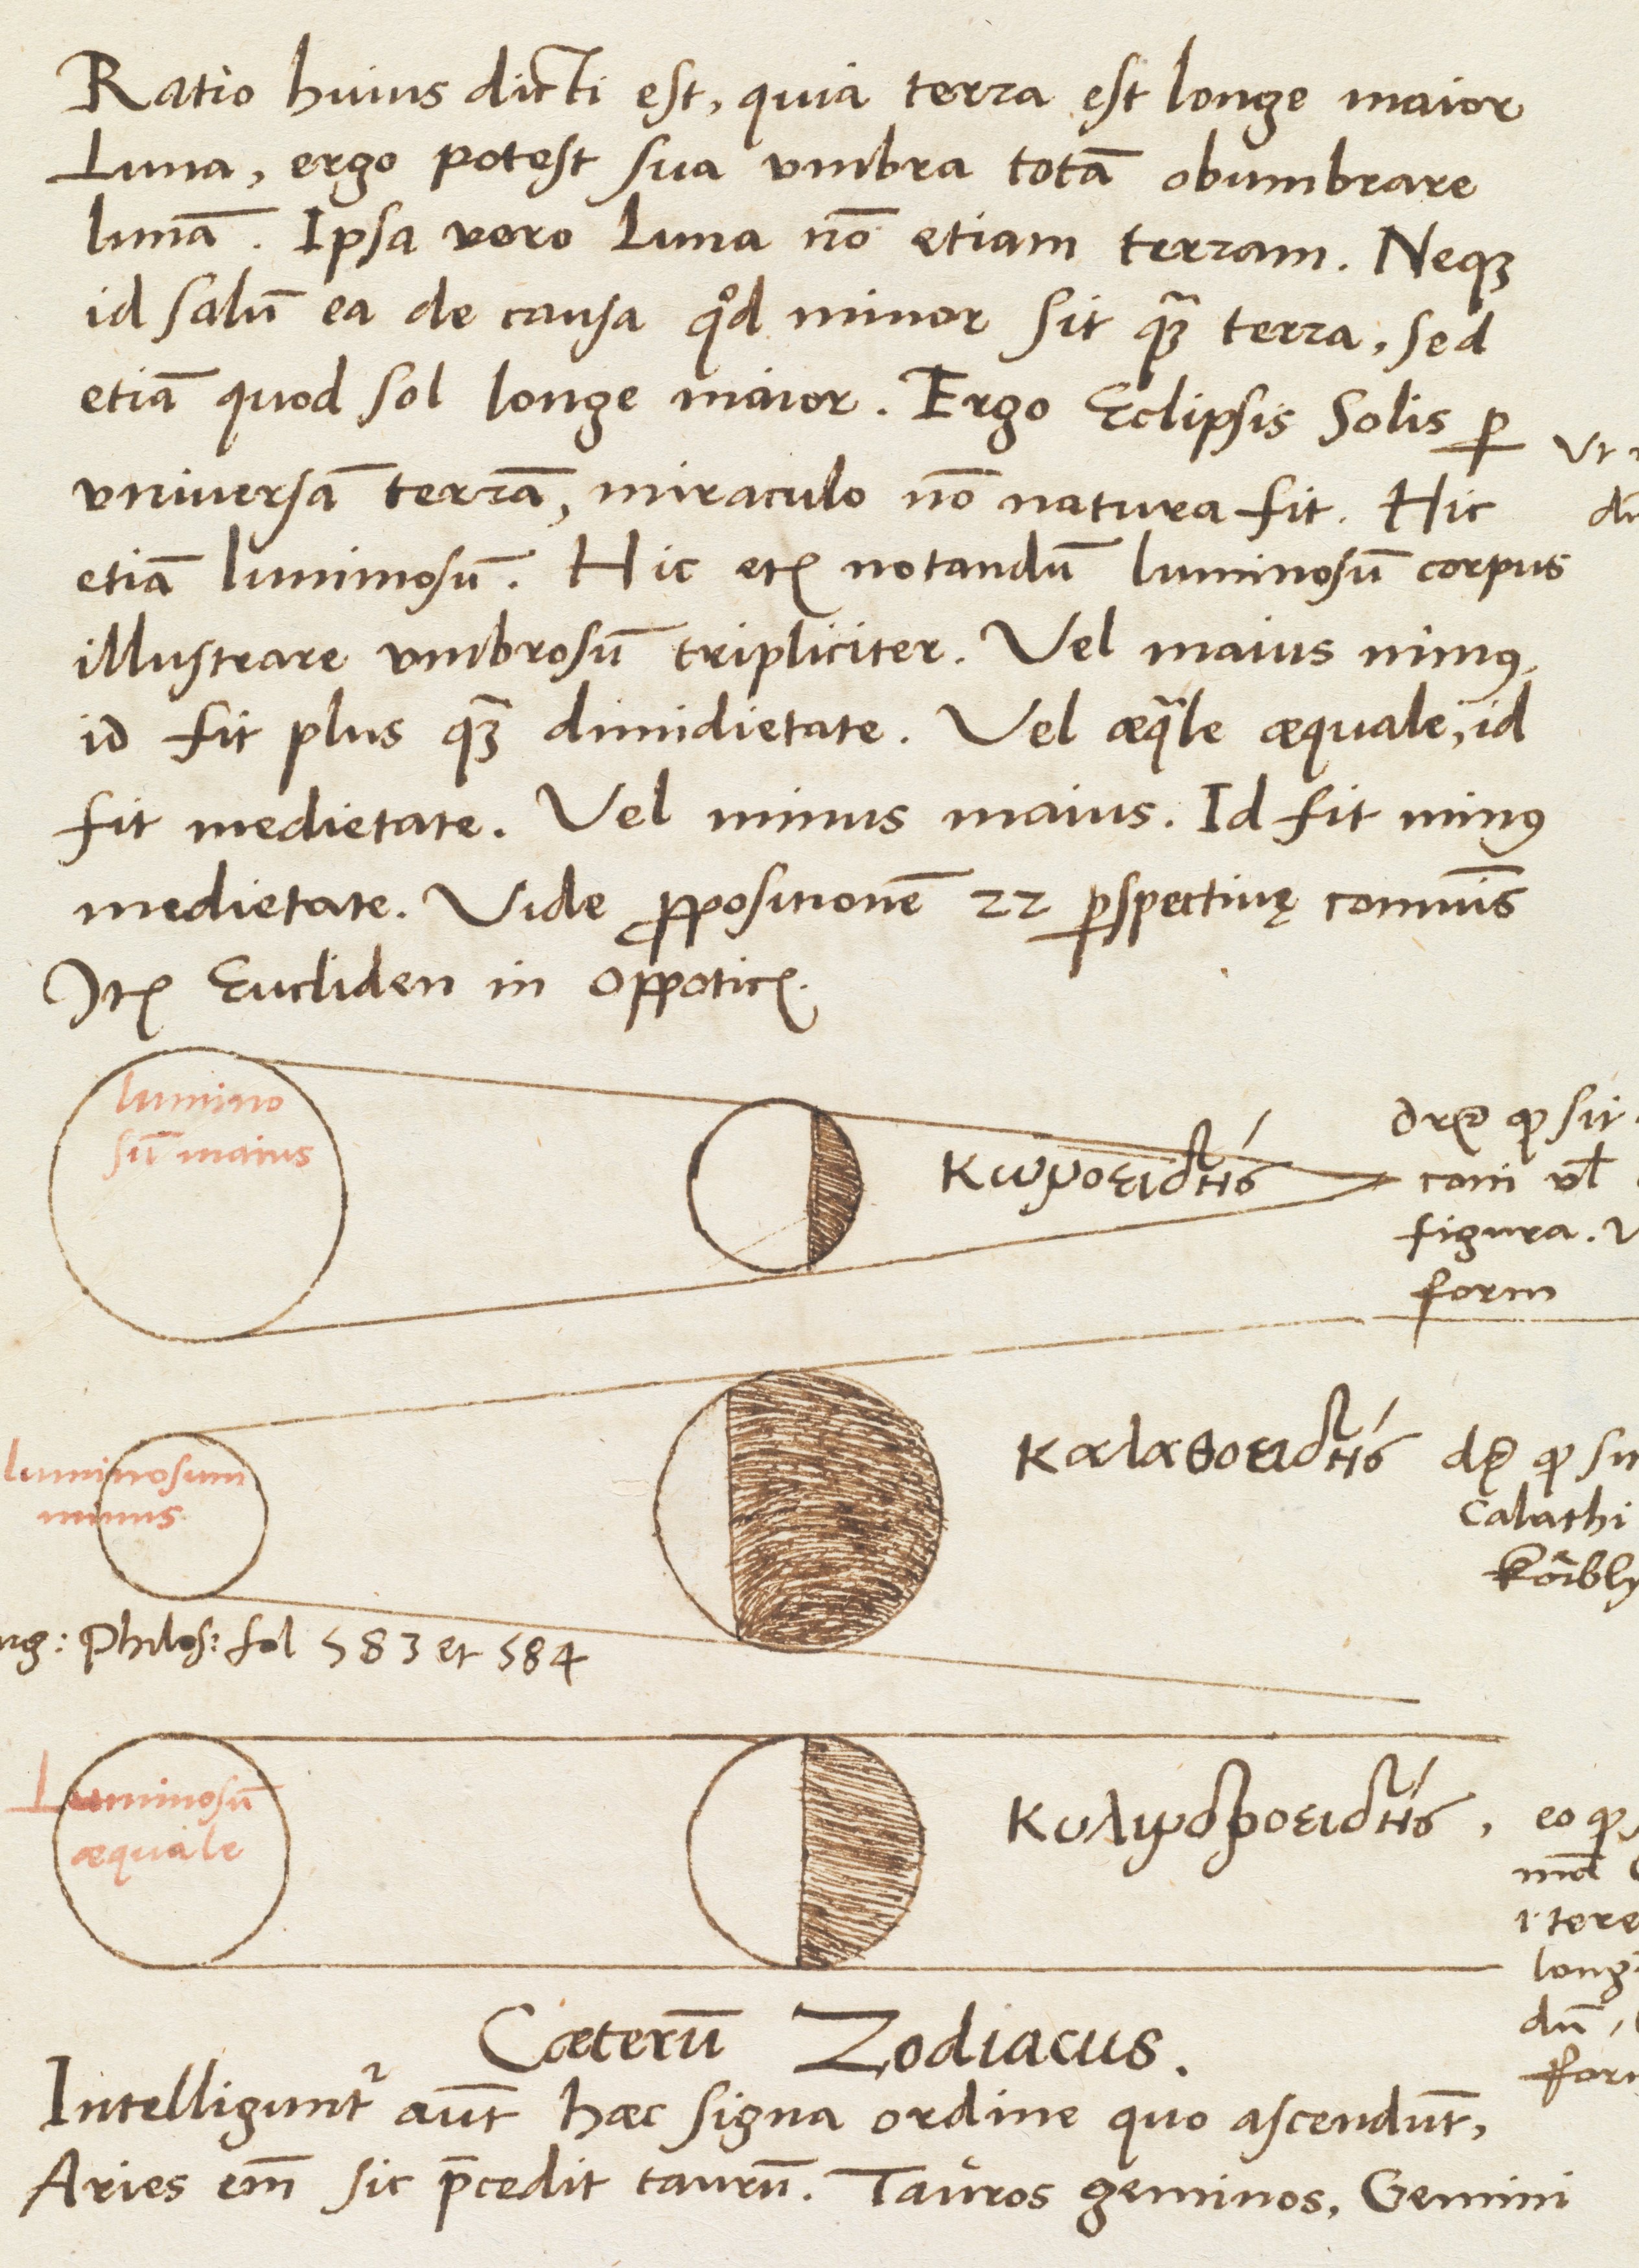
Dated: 1537–1537